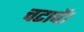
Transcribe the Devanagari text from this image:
चटावें।